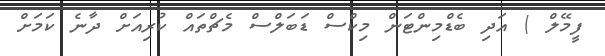
ފީމޭލް ) އަދި ބެޑްމިންޓަން މިކްސް ޑަބަލްސް މެޗްތައް ކުރިއަށް ދާނެ ކަމަށް